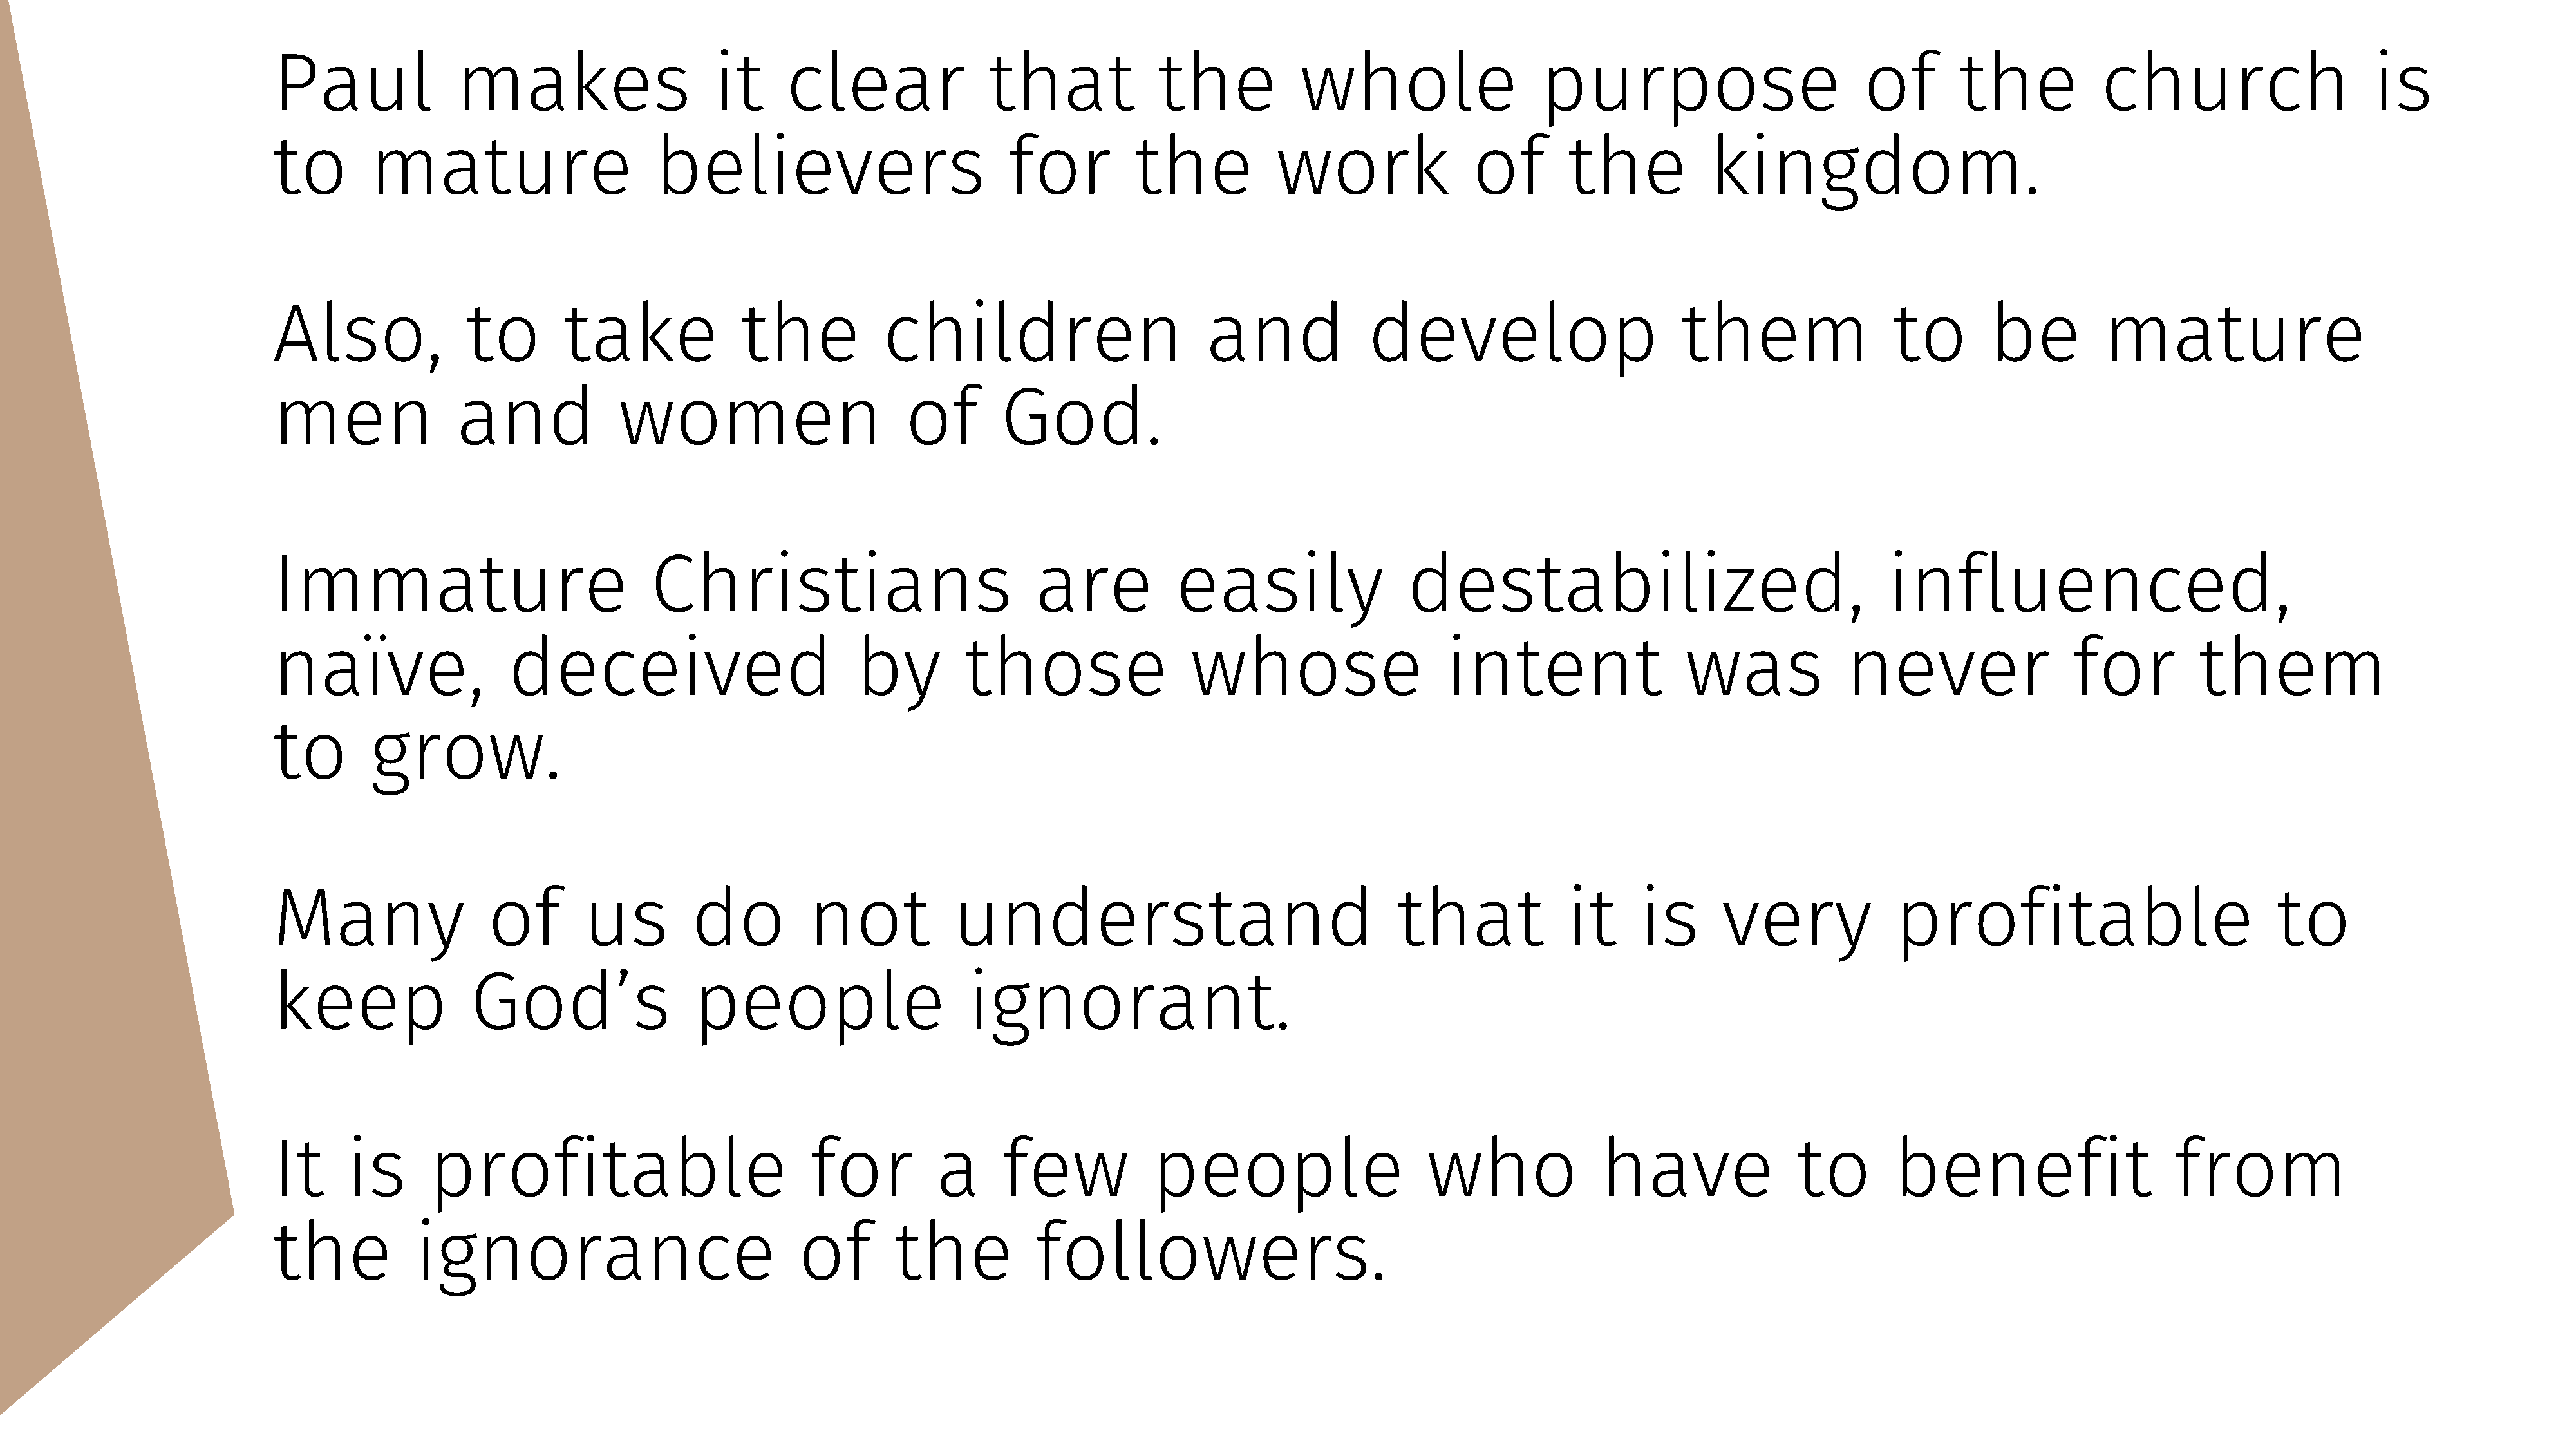
Paul               makes                     it      clear                that             the            whole                   purpose                           of       the            church                      is
 to        mature                       believers                            for          the           work                of        the            kingdom.
 Also,               to        take              the            children                         and              develop                         them                  to        be         mature
 men                and              women                        of        God.
 Immature                               Christians                             are            easily                  destabilized,                                    influenced,
 naïve,                  deceived                            by         those                  whose                      intent                  was              never                  for          them
 to        grow.
 Many                  of        us         do          not            understand                                    that             it      is      very              profitable                             to
 keep                God’s                  people                       ignorant.
 It      is      profitable                             for          a      few            people                       who               have                to        benefit                      from
 the            ignorance                              of        the           followers.